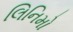
લિનિમો